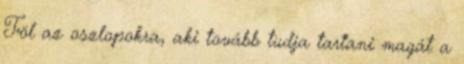
Föl az oszlopokra, aki tovább tudja tartani magát a